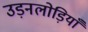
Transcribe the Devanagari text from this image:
उड़नलोड़ियाँ